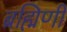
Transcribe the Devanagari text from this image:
ब्रह्मिणी